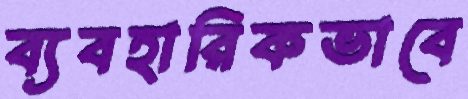
ব্যবহারিকভাবে